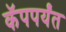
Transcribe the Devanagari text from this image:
कॅपपर्यंत